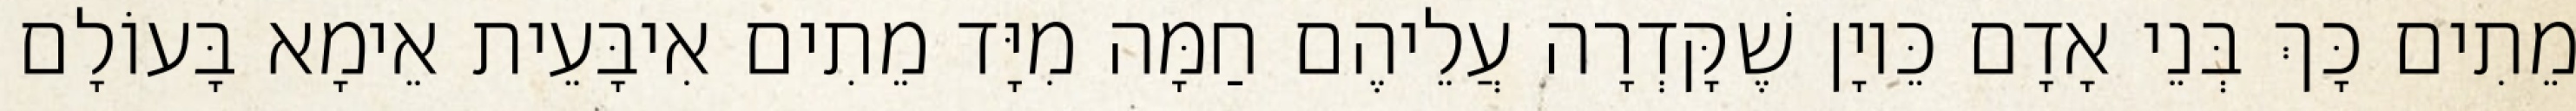
מֵתִים כָּךְ בְּנֵי אָדָם כֵּיוָן שֶׁקָּדְרָה עֲלֵיהֶם חַמָּה מִיָּד מֵתִים אִיבָּעֵית אֵימָא בָּעוֹלָם